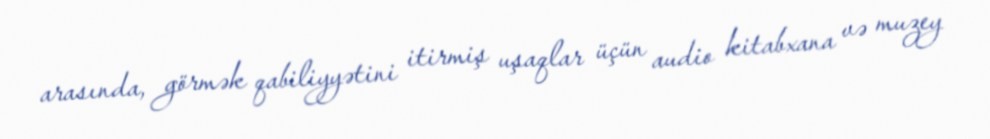
arasında, görmək qabiliyyətini itirmiş uşaqlar üçün audio kitabxana və muzey